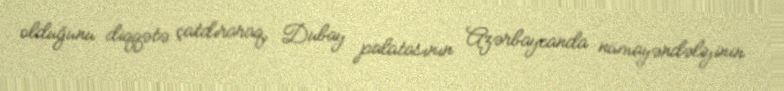
olduğunu diqqətə çatdıraraq, Dubay palatasının Azərbaycanda nümayəndəliyinin